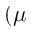
( \mu